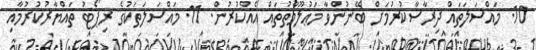
10. މައްސަލަތައް ދިރާސާކުރުމަށް ބޭނުންވާ މަޢުލޫމާތުތައް އެއްކުރުން. 11. މައްސަލަތަކުގެ ރިޕޯޓު ތައްޔާރުކުރުމާއި